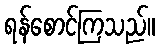
ရန်စောင်ကြသည်။